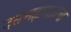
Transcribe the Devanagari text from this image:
दत्तमहाराजांचा